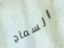
السماح